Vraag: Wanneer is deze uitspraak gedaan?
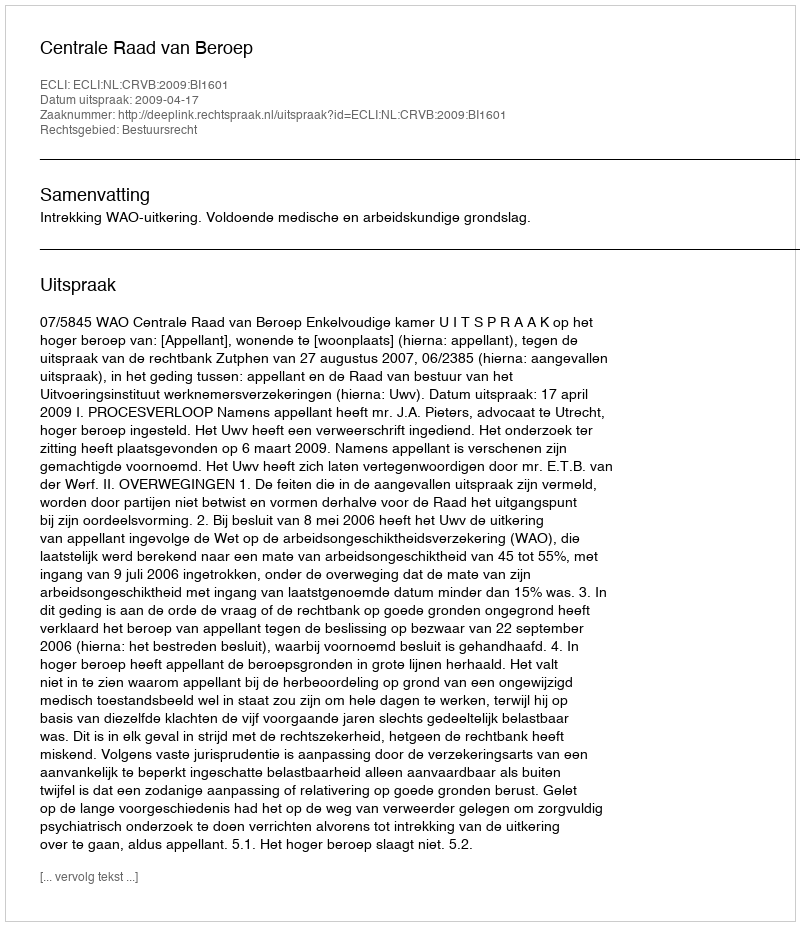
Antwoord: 2009-04-17